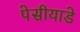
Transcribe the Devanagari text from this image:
पेसीयाडे